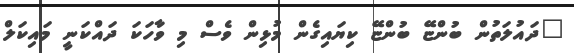
"ދައުލަތުން ބުންޏޭ ބުންޏޭ ކިޔައިގެން މުޅިން ވެސް މި ވާހަކަ ދައްކަނީ މައިކަލް